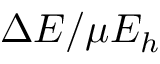
\Delta E / \mu E _ { h }